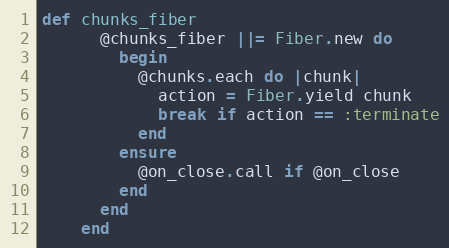
Language: Ruby
def chunks_fiber
      @chunks_fiber ||= Fiber.new do
        begin
          @chunks.each do |chunk|
            action = Fiber.yield chunk
            break if action == :terminate
          end
        ensure
          @on_close.call if @on_close
        end
      end
    end